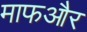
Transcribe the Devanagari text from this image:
माफऔर